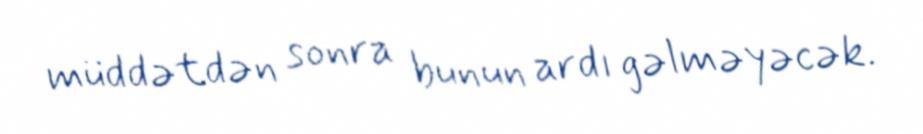
müddətdən sonra bunun ardı gəlməyəcək.